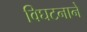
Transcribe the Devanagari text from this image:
विघटनाने